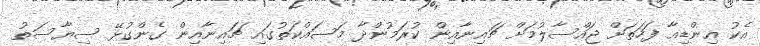
އެކު އިންޑިއާ ފަހަތަށް ޖައްސާލުމަށް ޗައިނާއިން ކުރަމުންދާ މަސައްކަތުގައި ޗައިނާއިން ގެންގުޅޭ ސިޔާސަތު